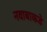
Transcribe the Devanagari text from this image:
नवाबाकडे